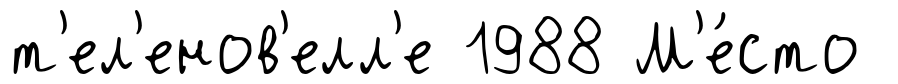
т'ел'енов'елл'е 1988 М'е́сто